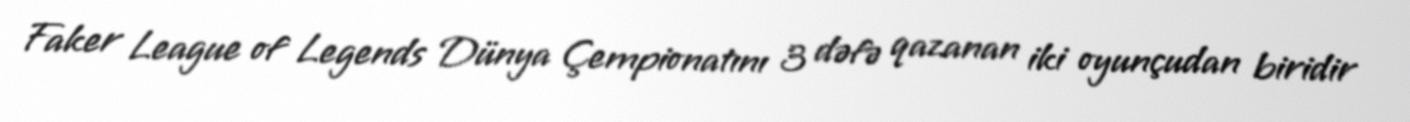
Faker League of Legends Dünya Çempionatını 3 dəfə qazanan iki oyunçudan biridir